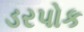
ડરપોક